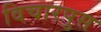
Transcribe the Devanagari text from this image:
विचारपुस